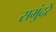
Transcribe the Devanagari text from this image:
समुंदरें